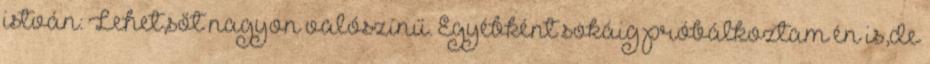
istván: Lehet,sőt nagyon valószínű. Egyébként sokáig próbálkoztam én is,de